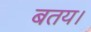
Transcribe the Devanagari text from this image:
बतय।